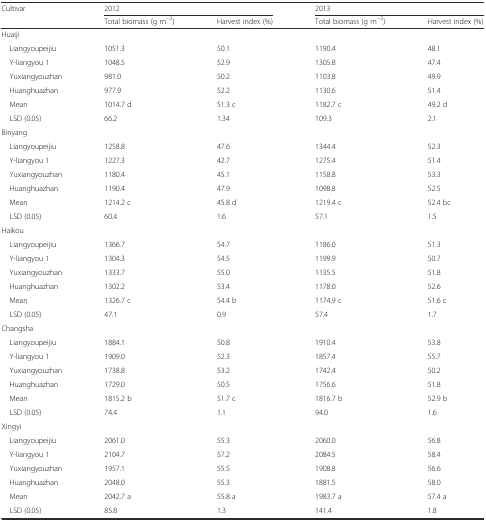
<table><thead><tr><td rowspan="2"><b>Cultivar</b></td><td colspan="2"><b>2012</b></td><td colspan="2"><b>2013</b></td></tr><tr><td><b>Total biomass (g m<sup>−2</sup>)</b></td><td><b>Harvest index (%)</b></td><td><b>Total biomass (g m<sup>−2</sup>)</b></td><td><b>Harvest index (%)</b></td></tr></thead><tbody><tr><td colspan="5">Huaiji</td></tr><tr><td> Liangyoupeijiu</td><td>1051.3</td><td>50.1</td><td>1190.4</td><td>48.1</td></tr><tr><td> Y-liangyou 1</td><td>1048.5</td><td>52.9</td><td>1305.8</td><td>47.4</td></tr><tr><td> Yuxiangyouzhan</td><td>981.0</td><td>50.2</td><td>1103.8</td><td>49.9</td></tr><tr><td> Huanghuazhan</td><td>977.9</td><td>52.2</td><td>1130.6</td><td>51.4</td></tr><tr><td> Mean</td><td>1014.7 d</td><td>51.3 c</td><td>1182.7 c</td><td>49.2 d</td></tr><tr><td> LSD (0.05)</td><td>66.2</td><td>1.34</td><td>109.3</td><td>2.1</td></tr><tr><td colspan="5">Binyang</td></tr><tr><td> Liangyoupeijiu</td><td>1258.8</td><td>47.6</td><td>1344.4</td><td>52.3</td></tr><tr><td> Y-liangyou 1</td><td>1227.3</td><td>42.7</td><td>1275.4</td><td>51.4</td></tr><tr><td> Yuxiangyouzhan</td><td>1180.4</td><td>45.1</td><td>1158.8</td><td>53.3</td></tr><tr><td> Huanghuazhan</td><td>1190.4</td><td>47.9</td><td>1098.8</td><td>52.5</td></tr><tr><td> Mean</td><td>1214.2 c</td><td>45.8 d</td><td>1219.4 c</td><td>52.4 bc</td></tr><tr><td> LSD (0.05)</td><td>60.4</td><td>1.6</td><td>57.1</td><td>1.5</td></tr><tr><td colspan="5">Haikou</td></tr><tr><td> Liangyoupeijiu</td><td>1366.7</td><td>54.7</td><td>1186.0</td><td>51.3</td></tr><tr><td> Y-liangyou 1</td><td>1304.3</td><td>54.5</td><td>1199.9</td><td>50.7</td></tr><tr><td> Yuxiangyouzhan</td><td>1333.7</td><td>55.0</td><td>1135.5</td><td>51.8</td></tr><tr><td> Huanghuazhan</td><td>1302.2</td><td>53.4</td><td>1178.0</td><td>52.6</td></tr><tr><td> Mean</td><td>1326.7 c</td><td>54.4 b</td><td>1174.9 c</td><td>51.6 c</td></tr><tr><td> LSD (0.05)</td><td>47.1</td><td>0.9</td><td>57.4</td><td>1.7</td></tr><tr><td colspan="5">Changsha</td></tr><tr><td> Liangyoupeijiu</td><td>1884.1</td><td>50.8</td><td>1910.4</td><td>53.8</td></tr><tr><td> Y-liangyou 1</td><td>1909.0</td><td>52.3</td><td>1857.4</td><td>55.7</td></tr><tr><td> Yuxiangyouzhan</td><td>1738.8</td><td>53.2</td><td>1742.4</td><td>50.2</td></tr><tr><td> Huanghuazhan</td><td>1729.0</td><td>50.5</td><td>1756.6</td><td>51.8</td></tr><tr><td> Mean</td><td>1815.2 b</td><td>51.7 c</td><td>1816.7 b</td><td>52.9 b</td></tr><tr><td> LSD (0.05)</td><td>74.4</td><td>1.1</td><td>94.0</td><td>1.6</td></tr><tr><td colspan="5">Xingyi</td></tr><tr><td> Liangyoupeijiu</td><td>2061.0</td><td>55.3</td><td>2060.0</td><td>56.8</td></tr><tr><td> Y-liangyou 1</td><td>2104.7</td><td>57.2</td><td>2084.5</td><td>58.4</td></tr><tr><td> Yuxiangyouzhan</td><td>1957.1</td><td>55.5</td><td>1908.8</td><td>56.6</td></tr><tr><td> Huanghuazhan</td><td>2048.0</td><td>55.3</td><td>1881.5</td><td>58.0</td></tr><tr><td> Mean</td><td>2042.7 a</td><td>55.8 a</td><td>1983.7 a</td><td>57.4 a</td></tr><tr><td> LSD (0.05)</td><td>85.8</td><td>1.3</td><td>141.4</td><td>1.8</td></tr></tbody></table>